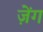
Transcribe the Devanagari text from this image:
ज़ेंग